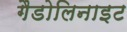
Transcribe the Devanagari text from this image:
गैडोलिनाइट